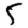
Digit: 5